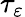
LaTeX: \tau_{\varepsilon}